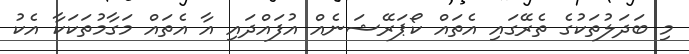
މި ބަދަލުތަކުގެ ތެރޭގައި އެތައް ކޯޕަރޭޝަނެއް އުފައްދައި އާ އެތައް މަގާމުތަކަކާ އެކު